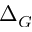
\Delta _ { G }